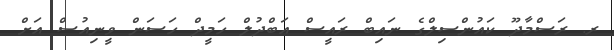
ރ. ރަސްމާދޫ ކައުންސިލްގެ ނައިބް ރައީސް އަބްދުލް ހަމީދް ހަސަން ވީނިއުސް އަށް